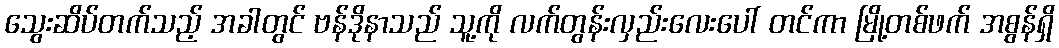
သွေးဆိပ်တက်သည့် အခါတွင် ဗန်ဒိုနာသည် သူ့ကို လက်တွန်းလှည်းလေးပေါ် တင်ကာ မြို့တစ်ဖက် အစွန်ရှိ